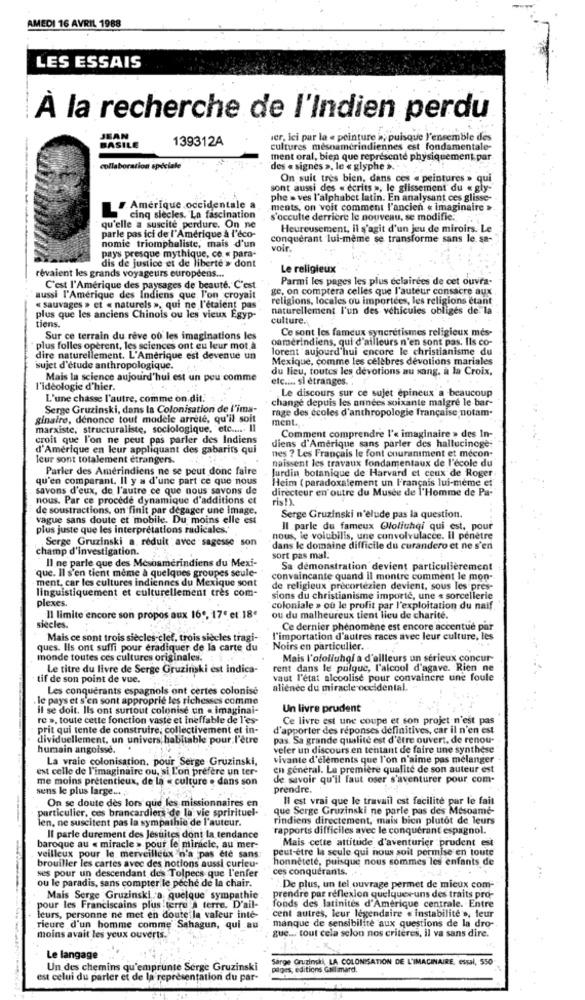
AMEDI 16 AVRIL 1988
LES ESSAIS
À la recherche de l'Indien perdu
JEAN
139312A
ver, Ici par la « peinture », puisque l'ensemble des
BASILE
cultures mesnamérindiennes est fondamentale-
ment oral, bien que représente physiquement par
collaboration spéciale
des « signes », le « glyphe ».
On suit très bien, dans ces « peintures » qui
sont aussi des « écrits », le glissement du « gly-
phe > ves l'alphabet latin. En analysant ces glisse-
Amérique occidentale a
ments, on voit comment l'ancien « imaginaire >
cinq siecles. La fascination
s'occulte derrière le nouveau, se modifie.
qu'elle a suscite perdure. On ne
Heureusement, il s'agit d'un jeu de miroirs. Le
parle pas ici de l'Amérique à l'éco-
conquérant lui-même se transforme sans le sa-
nomie triompheliste, mais d'un
voir.
pays presque mythique, ce « para-
dis de justice et de liberté » dont
Le religieux
revaient les grands voyageurs européens ...
Parmi les pages les plus éclairées de cet ouvra-
C'est l'Amérique des paysages de beauté. C'est
ge, on comptera celles que l'auteur consacre aux
aussi l'Amérique des Indiens que l'on croyait
religions, locales ou importées, les religions étant
« sauvages » et « naturels », qui ne l'étaient pas
naturellement l'un des véhicules obligés de la
plus que les anciens Chinois ou les vieux Egyp-
culture.
tiens.
Ce sont les fameux syncrétismes religieux més-
Sur ce terrain du rêve où les imaginations les
oamérindiens, qui d'ailleurs n'en sont pas. Ils co-
plus folles opèrent, les sciences ont eu leur mot à
lorent aujourd'hui encore le christianisme du
dire naturellement. L'Amérique est devenue un
Mexique, comme les celebres devotions mariales
sujet d'étude anthropologique.
du lieu, toutes les devotions au sang, à la Croix.
Mais la science aujourd'hui est un peu comme
etc .... si étranges. .
l'idéologie d'hier.
Le discours sur ce sujet épineux a beaucoup
L'une chasse l'autre, comme on dit.
changé depuis les années soixante malgré le bar-
Serge Gruzinski, dans la Colonisation de l'ima-
rage des écoles d'anthropologie française notam.
ginaire, dénonce tout modele arreté, qu'il soit
ment ..
marxiste, structuraliste, sociologique, etc ..... Il
croit que l'on ne peut pas parler des Indiens
Comment comprendre l'« imaginaire » des In-
d'Amerique en leur appliquant des gabarits qui
diens d'Amerique sans parler des hallucinoge-
Teur sont totalement étrangers.
nes ? Les Français le font couraniment et mecon-
naissent les travaux fondamentaux de l'école du
Parler des Amérindiens ne se peut donc faire
Jurdin botanique de Harvard et ceux de Roger
qu'en comparant. Il y a d'une part ce que nous
Heim ( paradoxalement un I'rançais lui-même et
savons d'eux, de l'autre ce que nous savons de
directeur en outre du Musée de l'Homme de Pa-
nous. Par ce procédé dynamique d'additions et
ris!).
de soustractions, on finit par degager une image.
vague sans doute et mobile. Du moins elle est
Serge Gruzinski n'elude pas la question.
plus juste que les interpretations radicales.'
Il parle du fameux @loliuhqi qui est. pour
Serge Gruzinski a reduit avec sagesse son
nous, le volubilis, une convolvulacee. Il pénètre
champ d'investigation.
dans le domaine difficile du curandero et ne s'en
Il ne parle que des Mesoamérindiens du Mexi-
sort pas mal.
que. Il s'en tient meme à quelques groupes seule-
Sa démonstration devient particulièrement
ment, car les cultures indiennes du Mexique sont
convaincante quand il montre comment le mon-
linguistiquement et culturellement tres com-
de religieux précortézien devient, sous les pres-
plexes.
sions du christianisme importé, une « sorcellerie
coloniale > ou le profit par l'exploitation du naif
Il limite encore son propos aux 16", 17' et 18€
ou du malheureux tient lieu de charité.
siècles.
Ce dernier phénomène est encore accentue par
Mais ce sont trois siècles-clef, trois siècles tragi-
l'importation d'autres races avec leur culture, les
ques. Ils ont suffi pour éradiquer de la carte du
Noirs en particulier ..
monde toutes ces cultures originales.
Mais l'ofolluhoi a d'ailleurs un sérieux concur-
Le titre du livre de Serge Gruzinski est indica-
rent dans le pulgue, l'alcool d'agave. Rien ne
tif de son point de vue.
vaut l'état alcoolisé pour convaincre une foule
Les conquérants espagnols ont certes colonisé
alience du miracle occidental.
. le pays et s'en sont approprié les richesses comme
il se doit. Ils ont surtout colonise un . imaginai-
Un livre prudent
re », toute cette fonction vaste et Ineffable de l'es-
Ce livre est une coupe et son projet n'est pas
prit qui tente de construire, collectivement et in-
d'apporter des réponses définitives, car il n'en est
dividuellement, un univers habitable pour l'être
pas. Sa grande qualité est d'être ouvert, de renou-
humain angoisse.
veler un discours en tentant de faire une synthèse
La vraie colonisation, pour Serge Gruzinski,
vivante d'éléments que l'on n'aime pas melanger
est celle de l'imaginaire ou, si L'on prefere un ter-
en général. La première qualité de son auteur est
me moins prétentieux, de la « culture . dans son
de savoir qu'il faut oser s'aventurer pour, com-
sens le plus large ... ..
prendre.
On se doute des lors que les missionnaires en
Il est vrai que le travail est facilite par le fait
particulier, ces brancardiers de la vie sprirituel-
que Serge Gruzinski ne parle pas des Mesoame-
len, ne suscitent pas la sympathie de l'auteur.
rindiens directement, mais bien plutôt de leurs
rapports difficiles avec le conquérant espagnol.
Il parle durement des Jestites dont la tendance
Mais cette attitude d'aventurier prudent est
baroque au « miracle > pour le miracle, au mer-
peut-être la seule qui nous soit permise en toute
veilleux pour le, merveilleux n'a pas ete sans
brouiller les cartes avec des notions aussi curieu-
honnêteté, puisque nous sommes les enfants de
ses pour un descendant des Tolpecs que l'enfer
ces conquérants. . .
ou le paradis, sans compter le peche de la chair.
De plus, un tel ouvrage permet de mieux com-
Mais Serge Gruzinski a quelque sympathie
prendre par réflexion quelques-uns des traits pro-
pour les Franciscains plus terre A terre. D'ail-
fonds des latinites d'Amerique centrale. Entre
cent autres, leur légendaire « instabilité », leur
leurs, personne ne met en doute la valeur inte-
manque de sensibilite aux questions de la dro-
rieure d'un homme comme' Sahagun, qui au
gue ... tout cela selon nos critères, il va sans dire.
moins avait les yeux ouverts.
Le langage
Sarge Gruzinski, LA COLONISATION DE L'IMAGINAIRE, essal, 550
Un des chemins qu'emprunte Serge Gruzinski
pages, editions Gallimard.
est celui du parler et de la représentation du par-